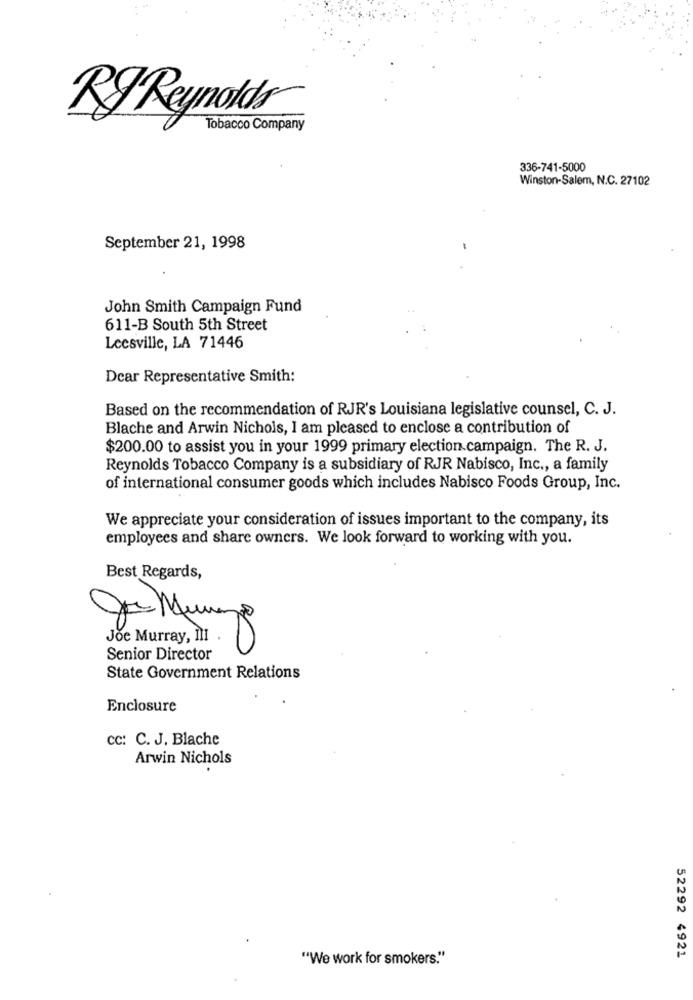
RJ Reynolds
Tobacco Company
336-741-5000
Winston-Salem, N.C. 27102
September 21, 1998
John Smith Campaign Fund
611-B South 5th Street
Leesville, LA 71446
Dear Representative Smith:
Based on the recommendation of RJR's Louisiana legislative counsel, C. J.
Blache and Arwin Nichols, I am pleased to enclose a contribution of
$200.00 to assist you in your 1999 primary election campaign. The R. J.
Reynolds Tobacco Company is a subsidiary of RJR Nabisco, Inc ., a family
of international consumer goods which includes Nabisco Foods Group, Inc.
We appreciate your consideration of issues important to the company, its
employees and share owners. We look forward to working with you.
Best Regards,
Joe Murray, III
Senior Director
State Government Relations
Enclosure
cc: C. J. Blache
Arwin Nichols
"We work for smokers."
52292 4921